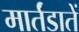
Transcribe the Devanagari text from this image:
मार्तंडातें